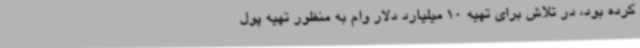
کرده بود، در تلاش برای تهیه 10 میلیارد دلار وام به منظور تهیه پول